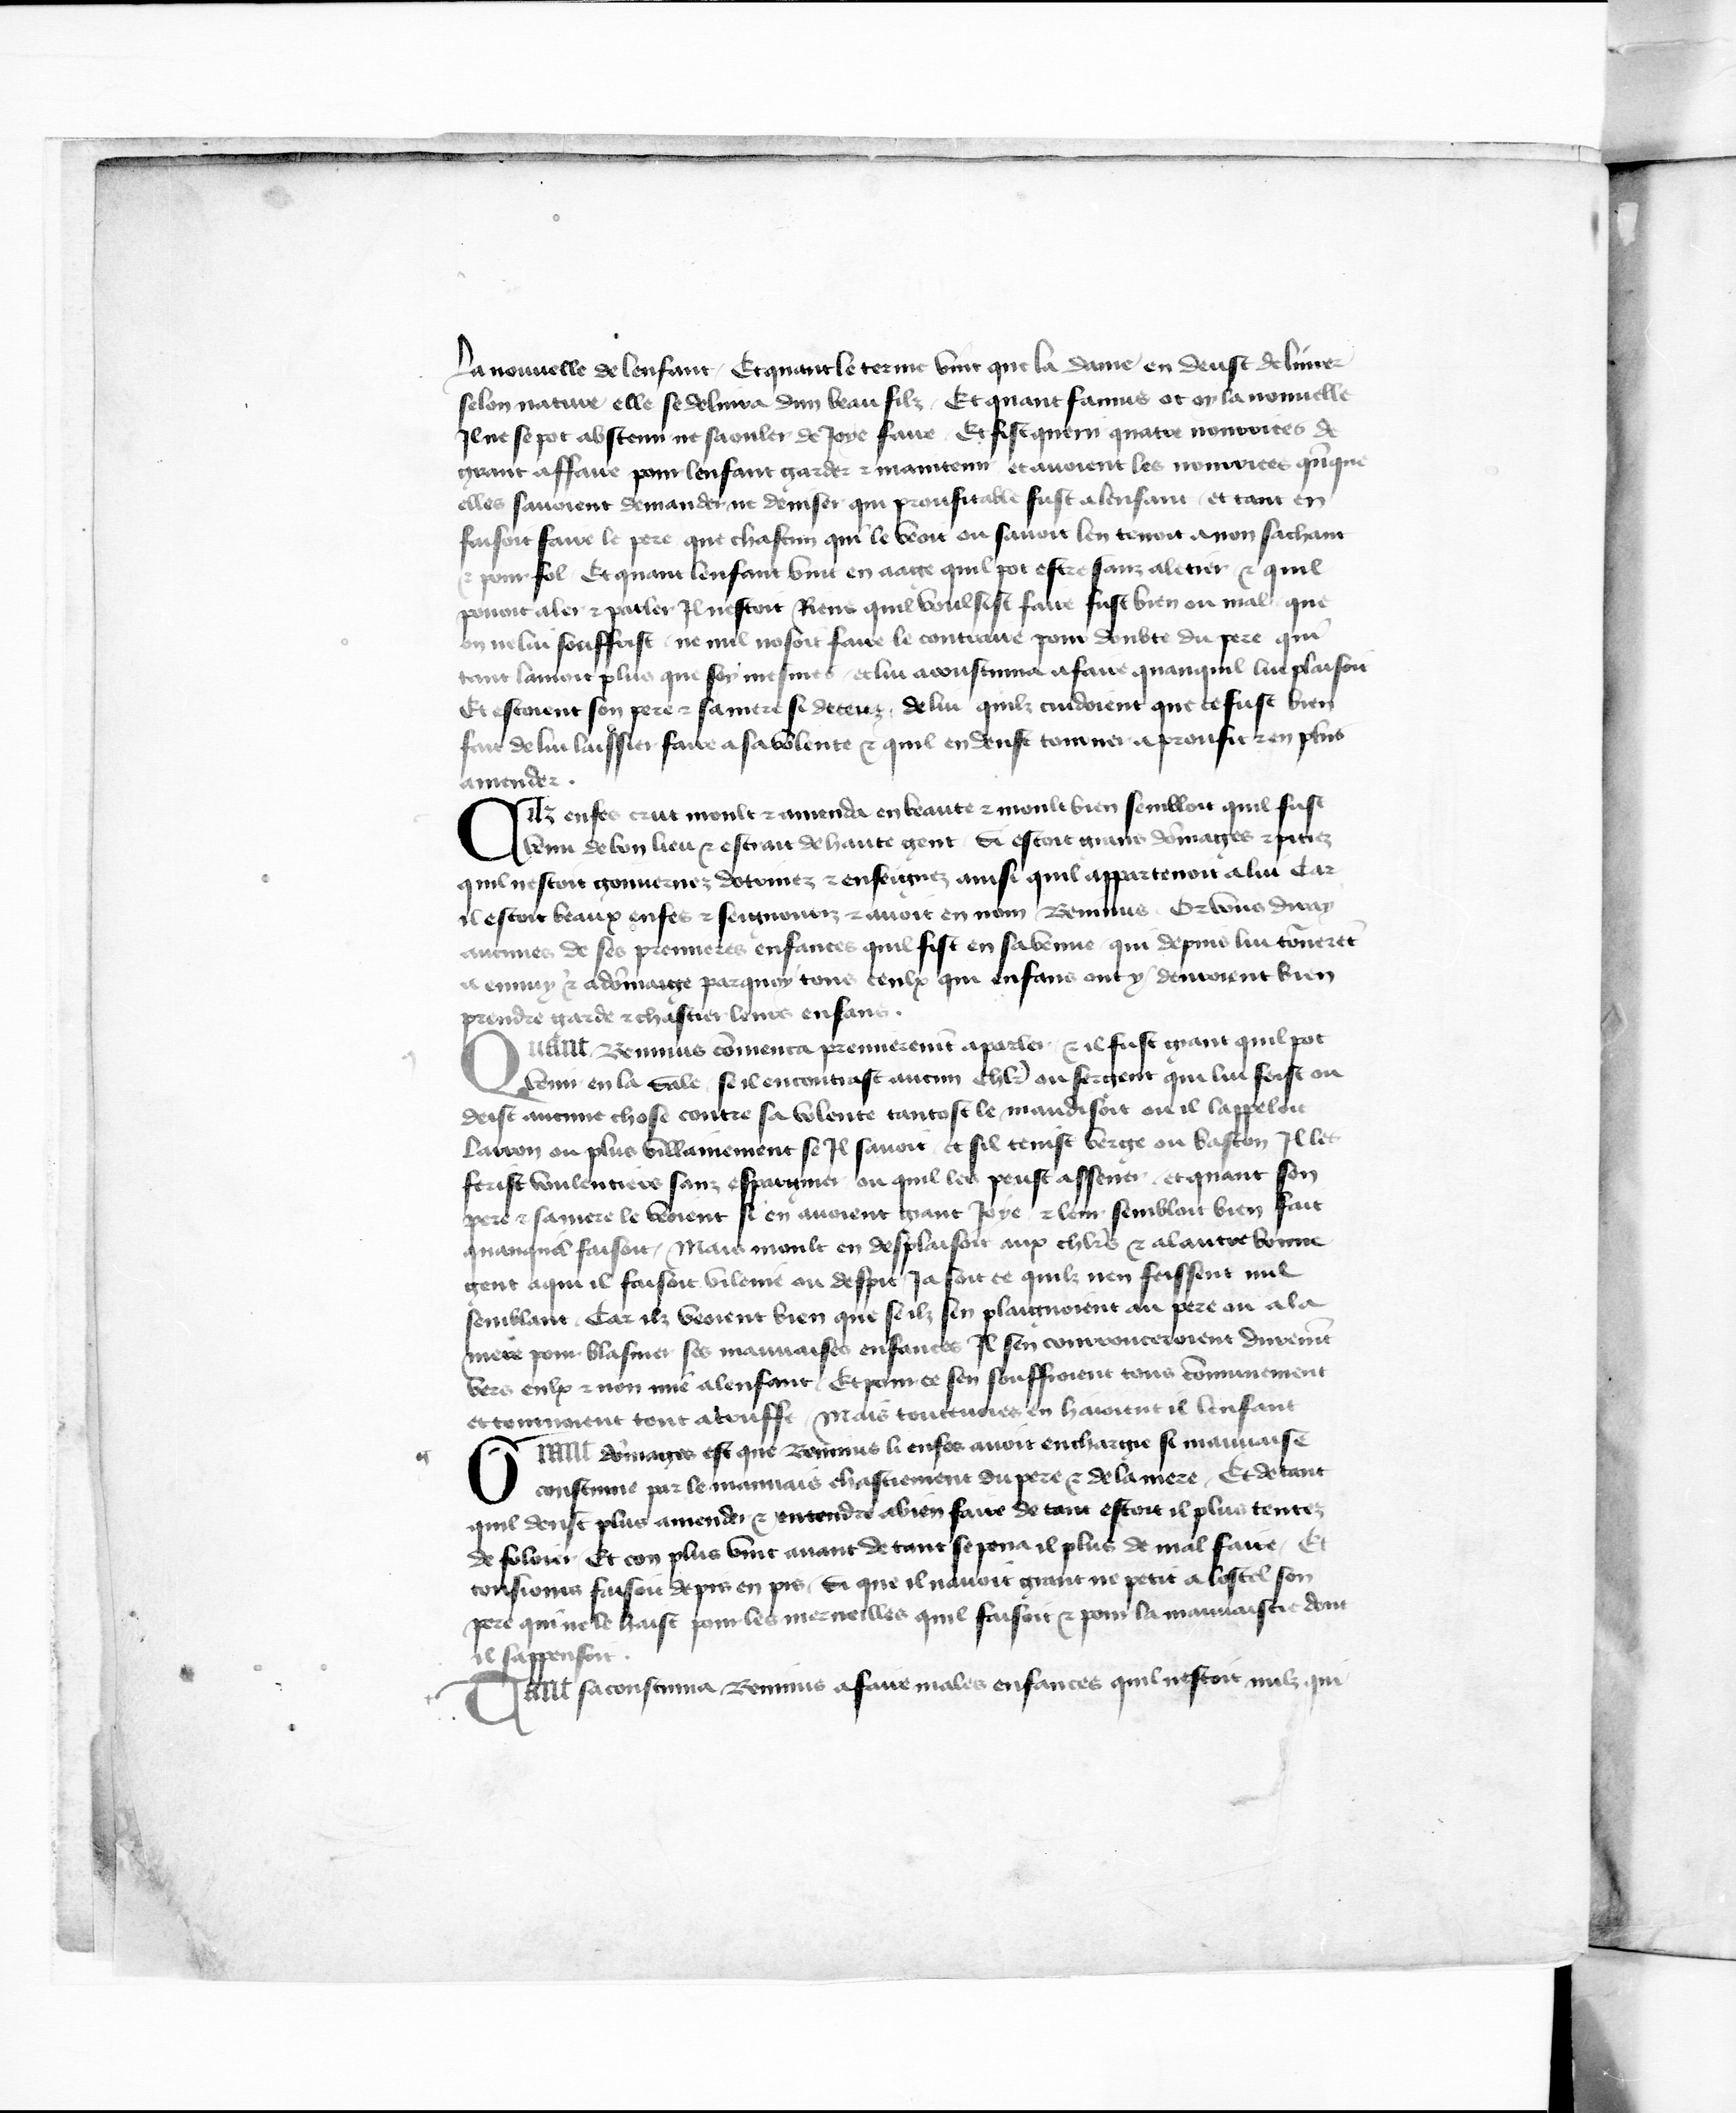
Shelfmark: Paris, BnF, fr. 777
Century: 15